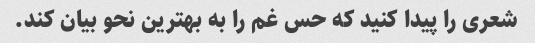
شعری را پیدا کنید که حس غم را به بهترین نحو بیان کند.